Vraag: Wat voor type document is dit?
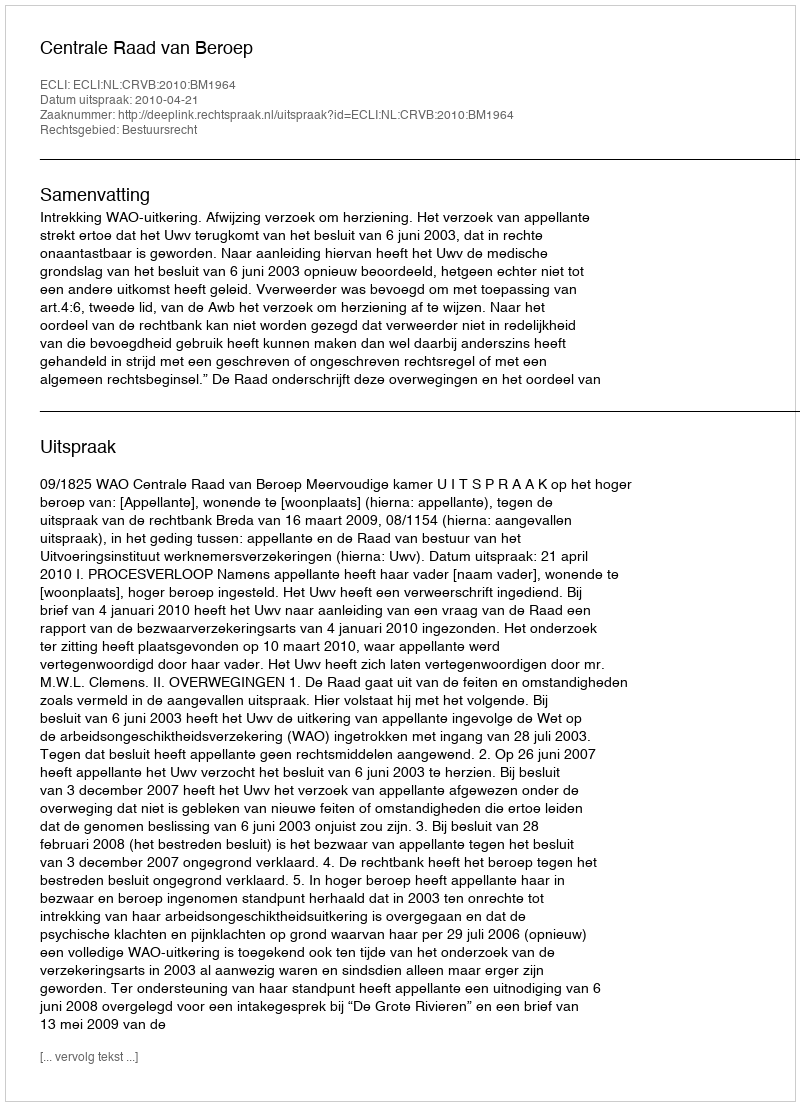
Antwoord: Uitspraak